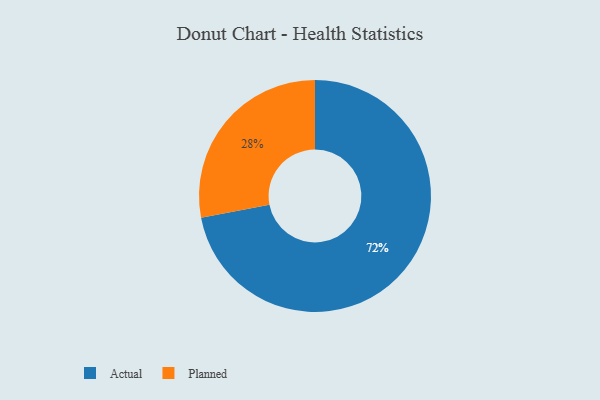
{"axis": {"x": "Category", "y": "Percentage"}, "legend": ["Actual", "Planned"], "data": [{"x": "Actual", "y": 72, "type": "Actual"}, {"x": "Planned", "y": 28, "type": "Planned"}]}